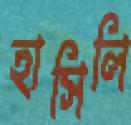
হাসিলি